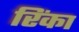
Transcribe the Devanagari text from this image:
रिंका